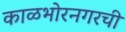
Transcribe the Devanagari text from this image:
काळभोरनगरची